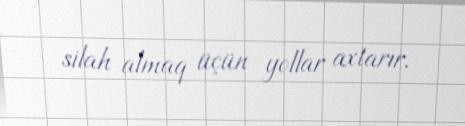
silah almaq üçün yollar axtarır.